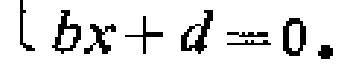
\(bx + d = 0.\)